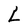
Character: L